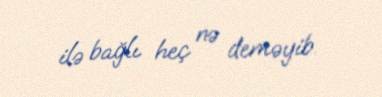
ilə bağlı heç nə deməyib.